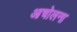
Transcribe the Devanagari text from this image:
आचोलना